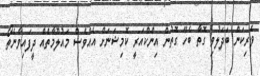
ވެރިކަން ބަދަލުވި ގޮތާ ބެހޭ ގޮތުން އިންކްއަރީ ކޮމިޝަނަށް އެއްވެސް މައުލޫމާތެއް ދީފައިވާނެތޯ